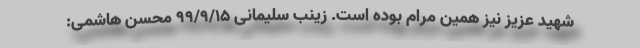
شهید عزیز نیز همین مرام بوده است. زینب سلیمانی ۹۹/۹/۱۵ محسن هاشمی: